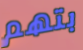
بتهم